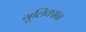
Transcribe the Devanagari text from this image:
गुलिक्सन